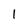
Character: l